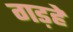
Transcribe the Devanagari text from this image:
गड़हे